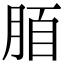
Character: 脜